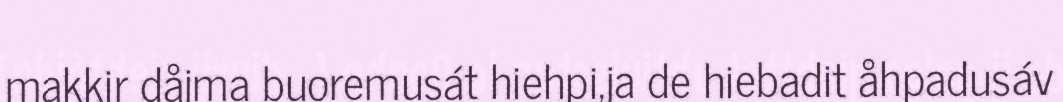
makkir dåjma buoremusát hiehpi,ja de hiebadit åhpadusáv